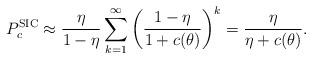
LaTeX: \begin{align*}P_{c}^\textnormal{SIC}\approx \frac{\eta}{1-\eta} \sum_{k=1}^{\infty} \left(\frac{1-\eta}{1+c(\theta)}\right)^k=\frac{\eta}{\eta+c(\theta)}.\end{align*}